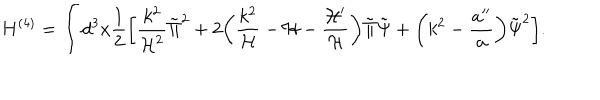
H ^ { ( 4 ) } = \int d ^ { 3 } x \frac { 1 } { 2 } \biggl [ \frac { k ^ { 2 } } { { \cal H } ^ { 2 } } \tilde { \Pi } ^ { 2 } + 2 \biggl ( \frac { k ^ { 2 } } { \cal H } - { \cal H } - \frac { { \cal H } ^ { \prime } } { { \cal H } } \biggr ) \tilde { \Pi } \tilde { \Psi } + \biggl ( k ^ { 2 } - \frac { a ^ { \prime \prime } } { a } \biggr ) \tilde { \Psi } ^ { 2 } \biggr ] .